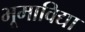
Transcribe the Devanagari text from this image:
भूमाविद्या